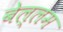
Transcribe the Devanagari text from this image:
बेल्लम